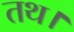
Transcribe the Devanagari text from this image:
तथ।